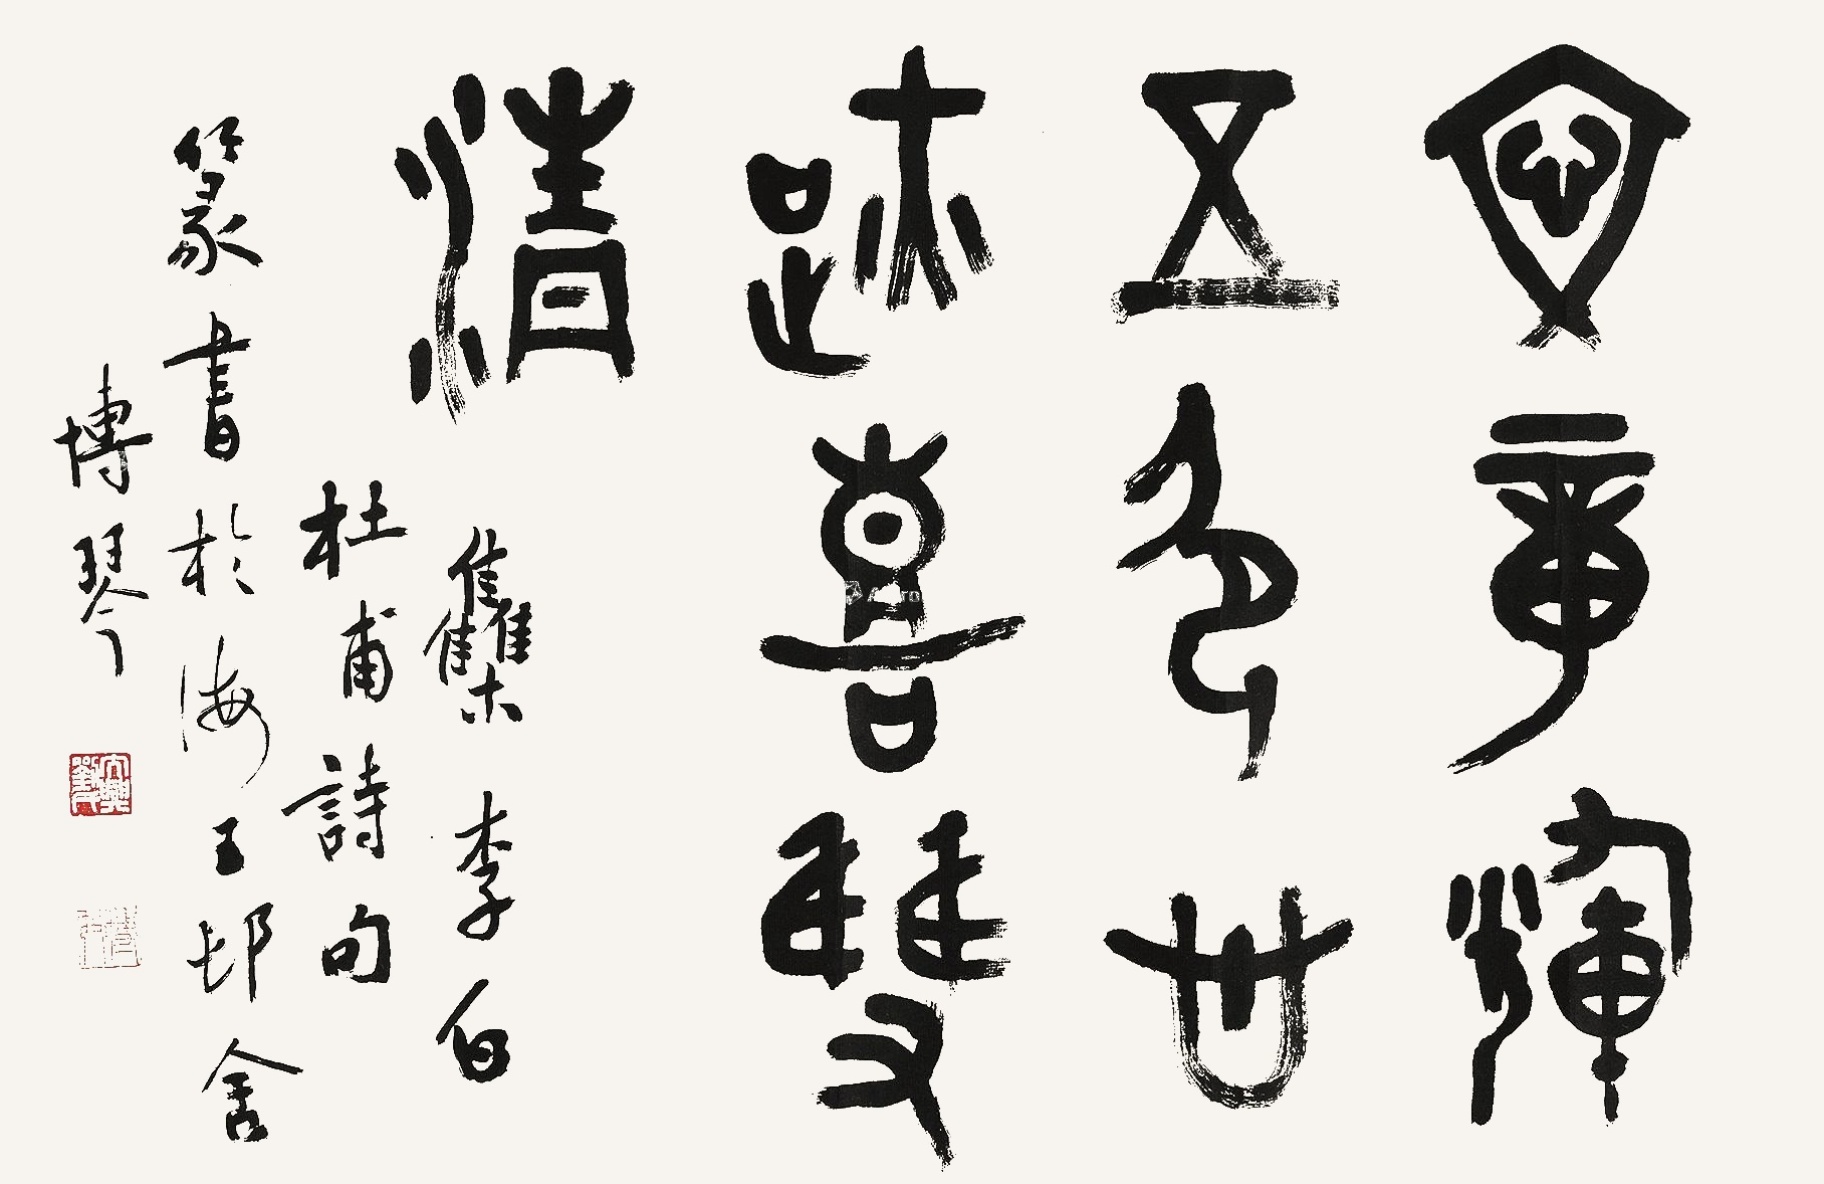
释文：文章辉五色，心迹喜双清。集李白、杜甫诗句，篆书于海王村舍，博琴。